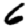
Digit: 6